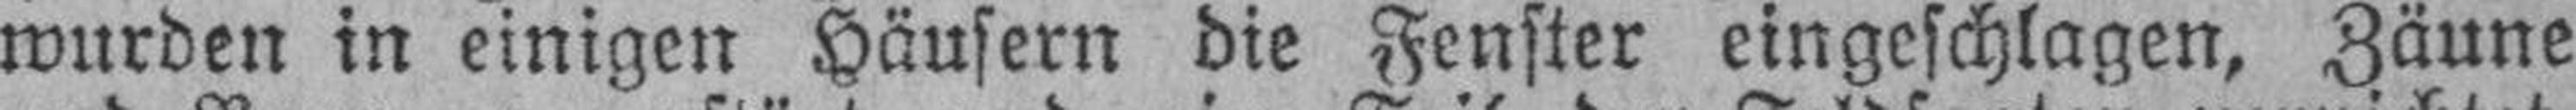
wurden in einigen Häusern die Fenster eingeschlagen, Zäune